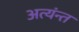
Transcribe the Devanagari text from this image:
अत्यंन्त